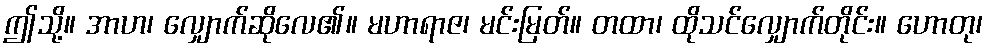
ဤသို့။ အာဟ၊ လျှောက်ဆိုလေ၏။ မဟာရာဇ၊ မင်းမြတ်။ တထာ၊ ထိုသင်လျှောက်တိုင်း။ ဟောတု၊